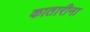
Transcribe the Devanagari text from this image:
कातारीना